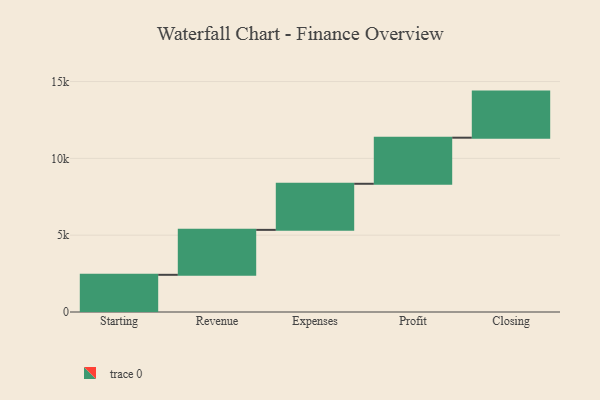
{"axis": {"x": "Step", "y": "Value"}, "legend": [""], "data": [{"x": "Starting", "y": 2421.0, "type": ""}, {"x": "Revenue", "y": 2925.0, "type": ""}, {"x": "Expenses", "y": 3000, "type": ""}, {"x": "Profit", "y": 3000, "type": ""}, {"x": "Closing", "y": 3000, "type": ""}]}